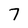
Character: 7